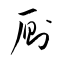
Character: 厠